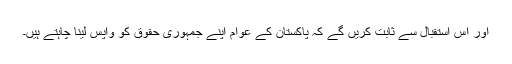
اور اس استقبال سے ثابت کریں گے کہ پاکستان کے عوام اپنے جمہوری حقوق کو واپس لینا چاہتے ہیں۔